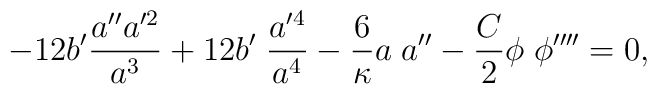
-12 b'\frac{a''a'^2}{a^3}+12 b'\; \frac{a'^4}{a^4}-\frac{6}{\kappa}a\;a''-\frac{C}{2}\phi\;\phi''''=0,